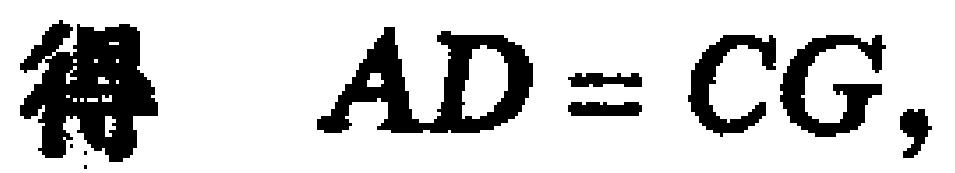
得 \(AD = CG\)，